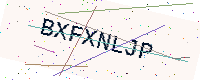
Text: BXFXNLJP